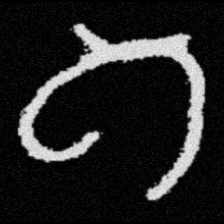
Pyu character \u2014 Myanmar letter: ဂ (romanized: ga)